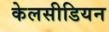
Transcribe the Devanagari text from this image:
केलसीडियन